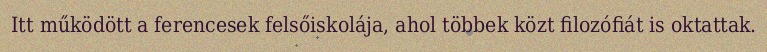
Itt működött a ferencesek felsőiskolája, ahol többek közt filozófiát is oktattak.